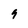
Character: 9